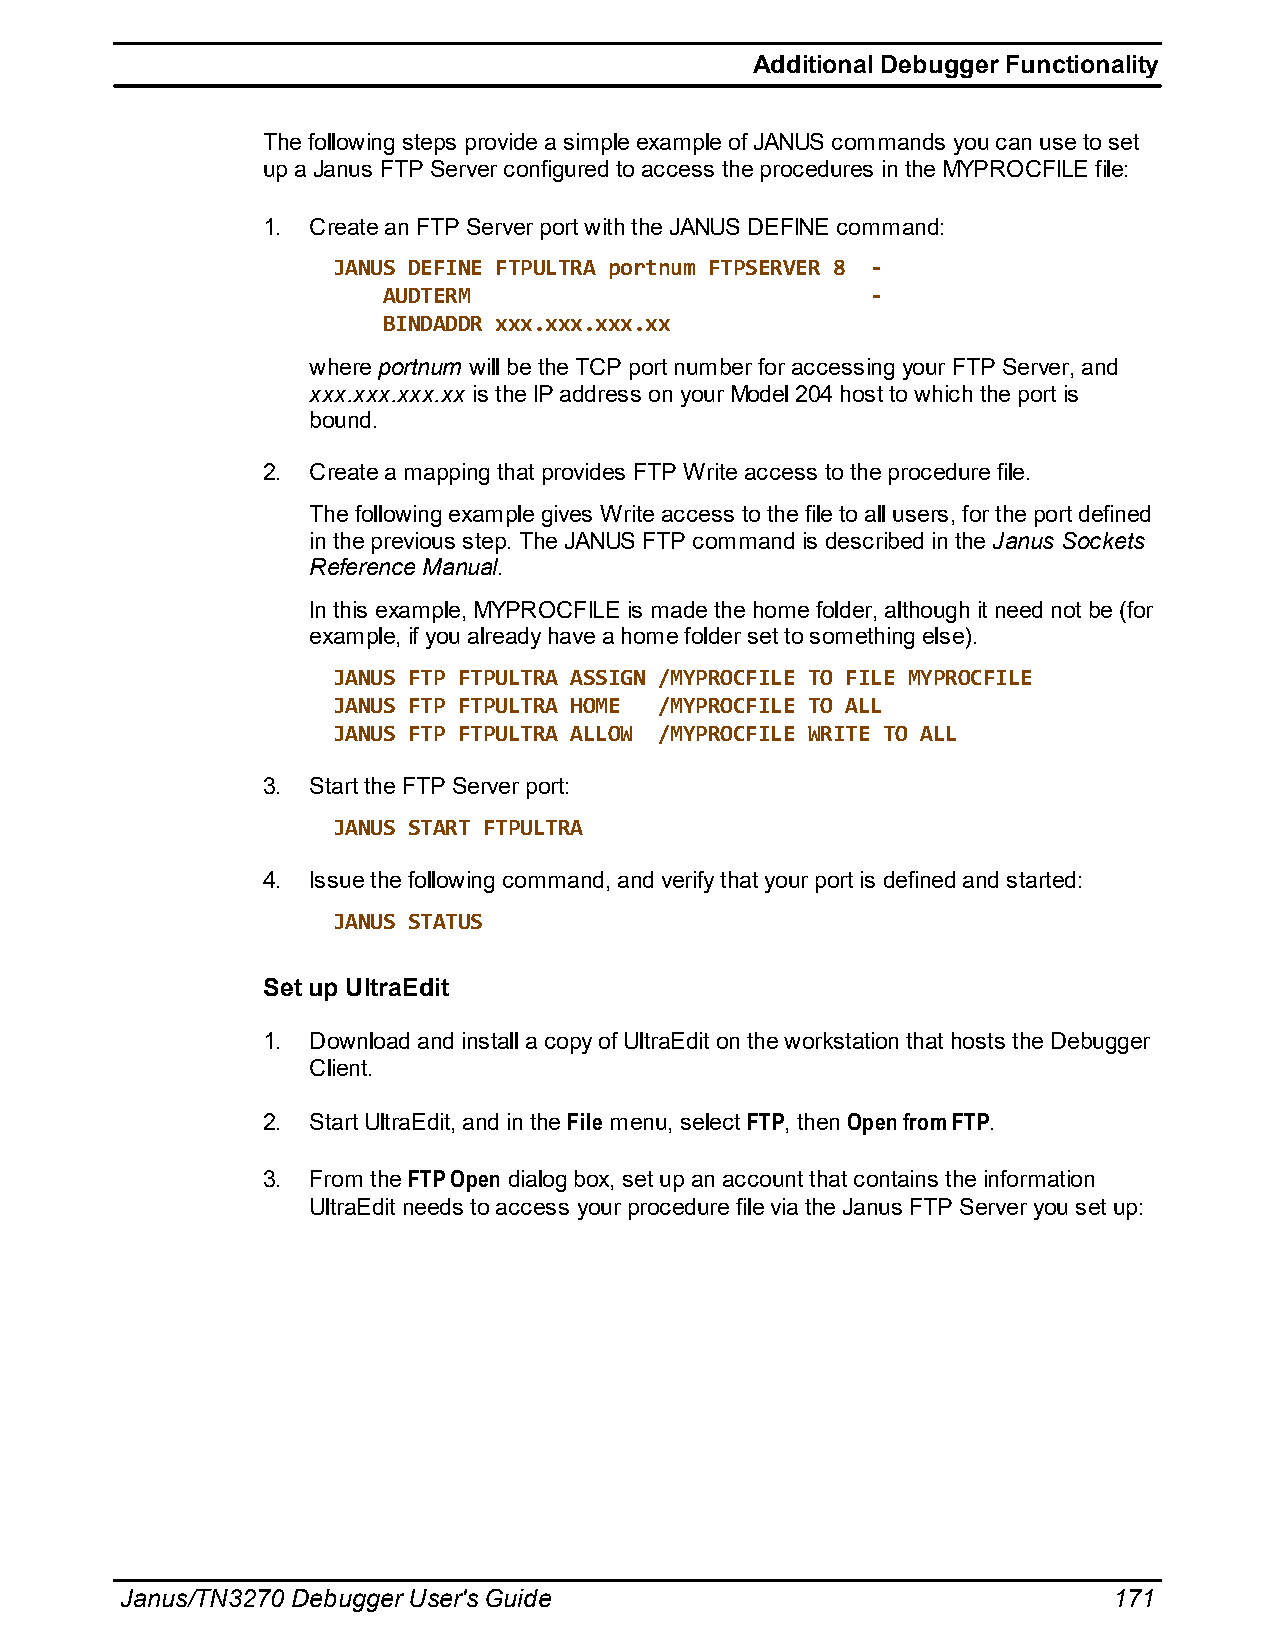
Additional Debugger Functionality
 The following steps provide a simple example of JANUS commands you can use to set
 up a Janus FTP Server configured to access the procedures in the MYPROCFILE file:
 1. Create an FTP Server port with the JANUS DEFINE command:
 JANUS DEFINE FTPULTRA portnum FTPSERVER 8 -
 AUDTERM                          -
 BINDADDR xxx.xxx.xxx.xx
 where portnum will be the TCP port number for accessing your FTP Server, and
 xxx.xxx.xxx.xx is the IP address on your Model 204 host to which the port is
 bound.
 2. Create a mapping that provides FTP Write access to the procedure file.
 The following example gives Write access to the file to all users, for the port defined
 in the previous step. The JANUS FTP command is described in the Janus Sockets
 Reference Manual.
 In this example, MYPROCFILE is made the home folder, although it need not be (for
 example, if you already have a home folder set to something else).
 JANUS FTP FTPULTRA ASSIGN /MYPROCFILE TO FILE MYPROCFILE
 JANUS FTP FTPULTRA HOME /MYPROCFILE TO ALL
 JANUS FTP FTPULTRA ALLOW /MYPROCFILE WRITE TO ALL
 3. Start the FTP Server port:
 JANUS START FTPULTRA
 4. Issue the following command, and verify that your port is defined and started:
 JANUS STATUS
 Set up UltraEdit
 1. Download and install a copy of UltraEdit on the workstation that hosts the Debugger
 Client.
 2. Start UltraEdit, and in the File menu, select FTP, then Open from FTP.
 3. From the FTP Open dialog box, set up an account that contains the information
 UltraEdit needs to access your procedure file via the Janus FTP Server you set up:
 Janus/TN3270 Debugger User's Guide                                171